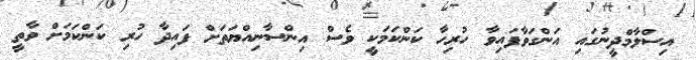
އިސްލާމްދީނުގައި އަންގަވާފައިވާ ހުރިހާ ކަންކަމަކީ ވެސް އިންސާނިއްޔަތަށް ފައިދާ ހުރި ކަންކަމަށް ވާތީ